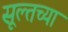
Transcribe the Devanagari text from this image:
सूल्तच्या